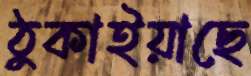
ঠুকাইয়াছে